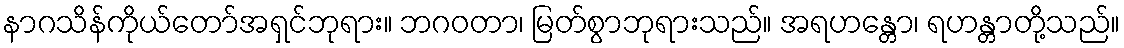
နာဂသိန်ကိုယ်တော်အရှင်ဘုရား။ ဘဂဝတာ၊ မြတ်စွာဘုရားသည်။ အရဟန္တော၊ ရဟန္တာတို့သည်။